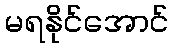
မရနိုင်အောင်